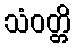
သံဝတ္တိ